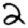
Digit: 2